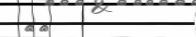
٢٥